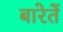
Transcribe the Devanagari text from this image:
बारेतें